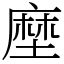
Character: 塺